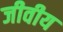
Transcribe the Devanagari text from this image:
जीवीय